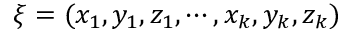
{ \boldsymbol \xi } = ( x _ { 1 } , y _ { 1 } , z _ { 1 } , \cdots , x _ { k } , y _ { k } , z _ { k } )